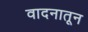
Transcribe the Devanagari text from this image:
वादनातून